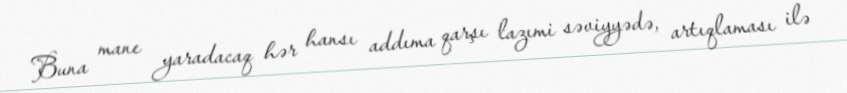
Buna mane yaradacaq hər hansı addıma qarşı lazımi səviyyədə, artıqlaması ilə